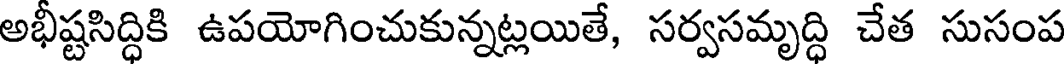
అభీష్టసిద్ధికి ఉపయోగించుకున్నట్లయితే, సర్వసమృద్ధి చేత సుసంప